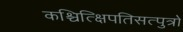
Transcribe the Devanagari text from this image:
कश्चित्क्षिपतिसत्पुत्रो